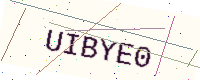
Text: UIBYE0